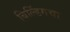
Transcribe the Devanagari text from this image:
बिल्डिंगचा